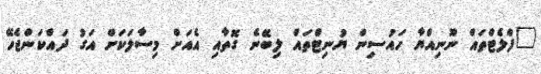
"ފްލެޓްތައް ނޫނިއްޔާ ހައުސިން ޔުނިޓްތައް ލިބޭނެ ގޮތާއި އެއަށް މިސާލަކަށް އަގު ދައްކަންޖެހޭ